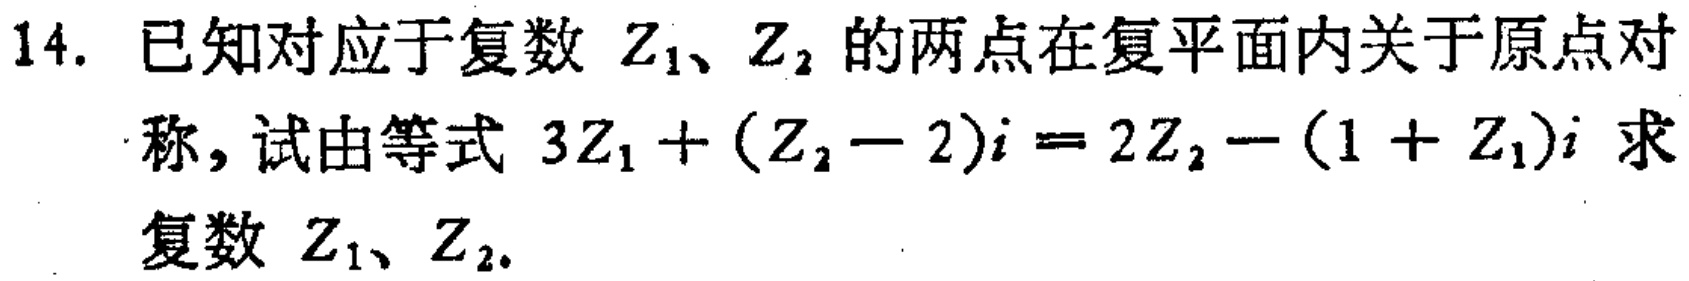
14. 已知对应于复数 \(Z_1\)、\(Z_2\) 的两点在复平面内关于原点对称，试由等式 \(3Z_1+(Z_2 - 2)i = 2Z_2-(1 + Z_1)i\) 求复数 \(Z_1\)、\(Z_2\).